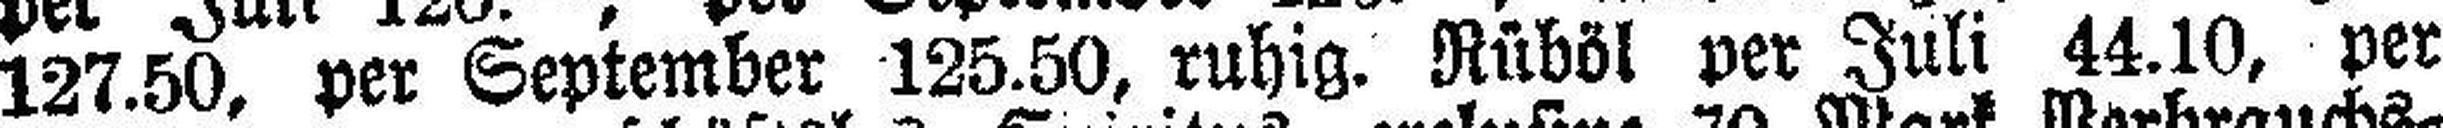
127.50, per September 125.50, ruhig. Rüböl per Juli 44.10, per